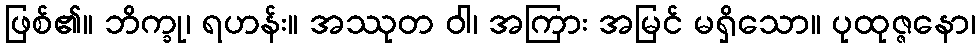
ဖြစ်၏။ ဘိက္ခု၊ ရဟန်း။ အဿုတ ဝါ၊ အကြား အမြင် မရှိသော။ ပုထုဇ္ဇနော၊